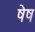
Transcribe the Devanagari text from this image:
षेष